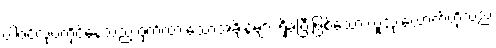
ပါဝင်လုပ်ကိုင်နေသည့် ဝှက်ထားသောအချိန်များ ရှိခဲ့ပြီးဖြစ်သော လူသုံးယောက်တို့သည်